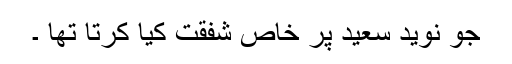
جو نوید سعید پر خاص شفقت کیا کرتا تھا ۔